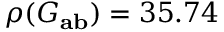
\rho ( G _ { \mathbf { a b } } ) = 3 5 . 7 4